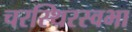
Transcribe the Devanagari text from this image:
चरस्थिरस्वभा